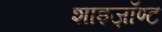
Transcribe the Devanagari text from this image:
शाइज़ॉण्ट